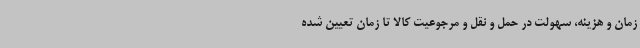
زمان و هزینه، سهولت در حمل و نقل و مرجوعیت کالا تا زمان تعیین شده